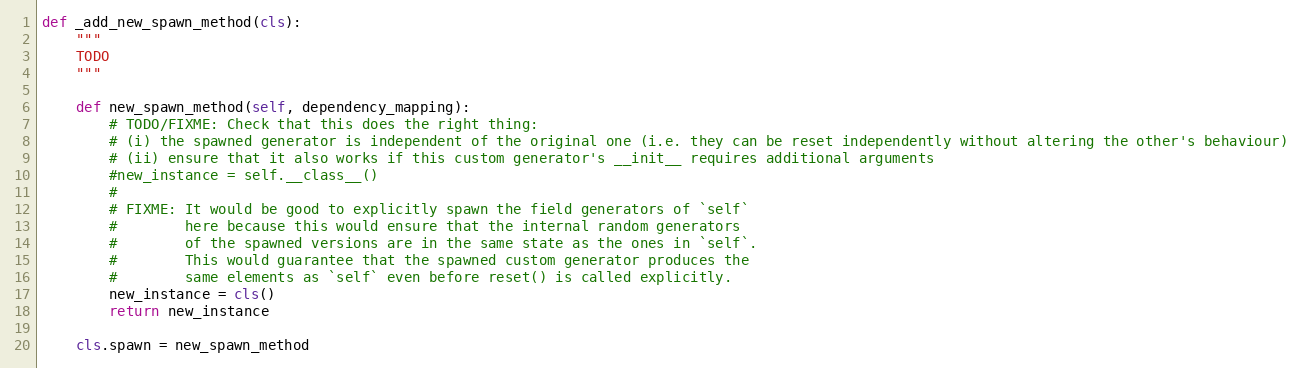
Language: Python
def _add_new_spawn_method(cls):
    """
    TODO
    """

    def new_spawn_method(self, dependency_mapping):
        # TODO/FIXME: Check that this does the right thing:
        # (i) the spawned generator is independent of the original one (i.e. they can be reset independently without altering the other's behaviour)
        # (ii) ensure that it also works if this custom generator's __init__ requires additional arguments
        #new_instance = self.__class__()
        #
        # FIXME: It would be good to explicitly spawn the field generators of `self`
        #        here because this would ensure that the internal random generators
        #        of the spawned versions are in the same state as the ones in `self`.
        #        This would guarantee that the spawned custom generator produces the
        #        same elements as `self` even before reset() is called explicitly.
        new_instance = cls()
        return new_instance

    cls.spawn = new_spawn_method